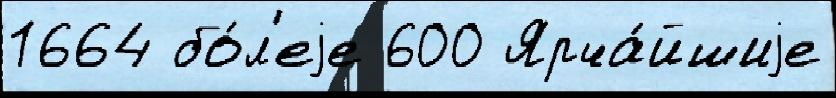
1664 бо́л'еjе 600 Ярча́йшиjе